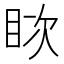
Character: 𪾪